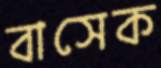
বাসেক